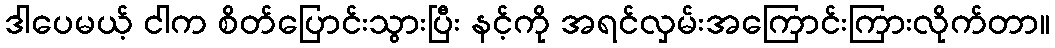
ဒါပေမယ့် ငါက စိတ်ပြောင်းသွားပြီး နင့်ကို အရင်လှမ်းအကြောင်းကြားလိုက်တာ။